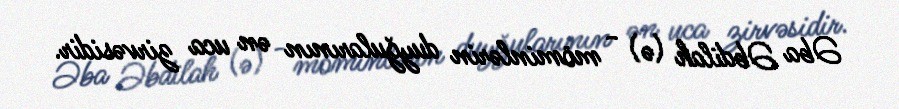
Əba Əbdilah (ə) - möminlərin duyğularının ən uca zirvəsidir.